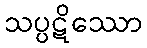
သပ္ပဋိဿော